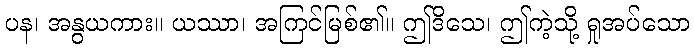
ပန၊ အနွယကား။ ယဿာ၊ အကြင်မြစ်၏။ ဤဒိသေ၊ ဤကဲ့သို့ ရှုအပ်သော